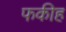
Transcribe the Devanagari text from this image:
फकीह